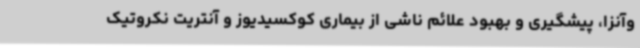
وآنزا، پیشگیری و بهبود علائم ناشی از بیماری کوکسیدیوز و آنتریت نکروتیک